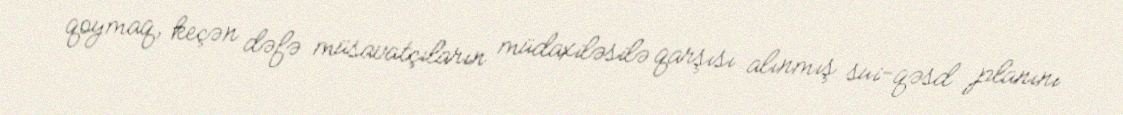
qoymaq, keçən dəfə müsavatçıların müdaxiləsilə qarşısı alınmış sui-qəsd planını